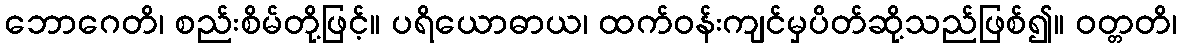
ဘောဂေတိ၊ စည်းစိမ်တို့ဖြင့်။ ပရိယောဓာယ၊ ထက်ဝန်းကျင်မှပိတ်ဆို့သည်ဖြစ်၍။ ဝတ္တတိ၊